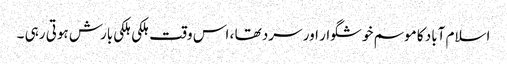
اسلام آباد کا موسم خوشگوار اور سرد تھا ، اس وقت ہلکی ہلکی بارش ہوتی رہی ۔